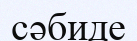
сәбиде